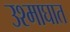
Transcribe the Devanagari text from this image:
उश्माघात